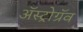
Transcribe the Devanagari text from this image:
अॅस्ट्रोग्रॅव